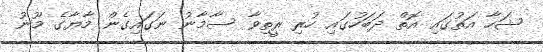
ޝަހާ އަތުގައި އޮތް ދަބަހުގައި ހުރި ރީތިވާ ސާމާނު ނަގައިގެން މާޔާގެ މޫނު